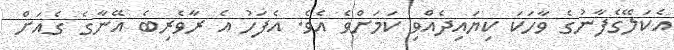
އެކަލޭގެފާނުގެ ވާހަކަ ކިޔައިދެއްވި ކަމަށްވެ އެވެ. އެފަހު އެ ރާވެރިބެ އޭނާގެ ގެއަށް